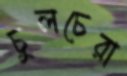
চুলচেরা